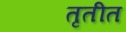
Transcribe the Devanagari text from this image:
तृतीत